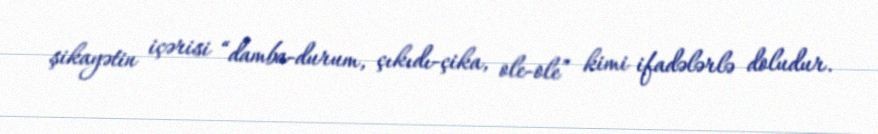
şikayətin içərisi “damba-durum, çıkıdı-çika, ole-ole” kimi ifadələrlə doludur.